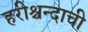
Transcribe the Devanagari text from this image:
हरीश्चन्दाची